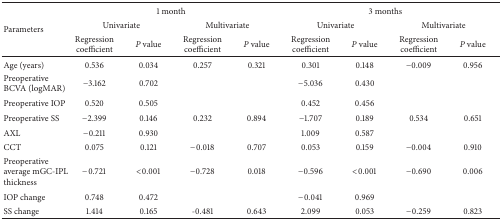
| <ROWSPAN=3> Parameters | <COLSPAN=4> 1 month | <COLSPAN=4> 3 months |
 | <COLSPAN=2> Univariate | <COLSPAN=2> Multivariate | <COLSPAN=2> Univariate | <COLSPAN=2> Multivariate |
 | Regression coefficient | P value | Regression coefficient | P value | Regression coefficient | P value | Regression coefficient | P value |
 | --- | --- | --- | --- | --- | --- | --- | --- | --- |
 | Age (years) | 0.536 | 0.034 | 0.257 | 0.321 | 0.301 | 0.148 | −0.009 | 0.956 |
 | Preoperative BCVA (logMAR) | −3.162 | 0.702 |  |  | −5.036 | 0.430 |  |  |
 | Preoperative IOP | 0.520 | 0.505 |  |  | 0.452 | 0.456 |  |  |
 | Preoperative SS | −2.399 | 0.146 | 0.232 | 0.894 | −1.707 | 0.189 | 0.534 | 0.651 |
 | AXL | −0.211 | 0.930 |  |  | 1.009 | 0.587 |  |  |
 | CCT | 0.075 | 0.121 | −0.018 | 0.707 | 0.053 | 0.159 | −0.004 | 0.910 |
 | Preoperative average mGC-IPL thickness | −0.721 | <0.001 | −0.728 | 0.018 | −0.596 | <0.001 | −0.690 | 0.006 |
 | IOP change | 0.748 | 0.472 |  |  | −0.041 | 0.969 |  |  |
 | SS change | 1.414 | 0.165 | -0.481 | 0.643 | 2.099 | 0.053 | −0.259 | 0.823 |